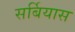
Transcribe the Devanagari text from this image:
सर्बियास